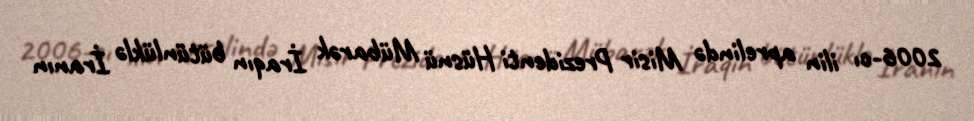
2006-cı ilin aprelində Misir Prezidenti Hüsnü Mübarək İraqın bütünlüklə İranın